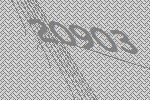
20903